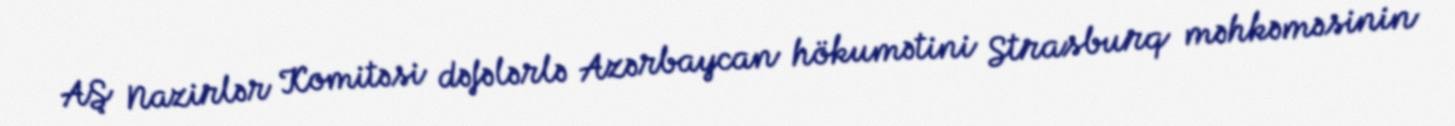
AŞ Nazirlər Komitəsi dəfələrlə Azərbaycan hökumətini Strasburq məhkəməsinin